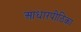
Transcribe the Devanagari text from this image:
आधारपीठिका